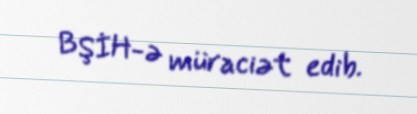
BŞİH-ə müraciət edib.